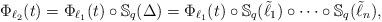
LaTeX: \begin{align*}\Phi_{\ell_2}(t)= \Phi_{\ell_1}(t) \circ \mathbb{S}_q(\Delta) = \Phi_{\ell_1}(t) \circ \mathbb{S}_q(\tilde{\ell}_1)\circ \cdots \circ \mathbb{S}_q(\tilde{\ell}_n),\end{align*}